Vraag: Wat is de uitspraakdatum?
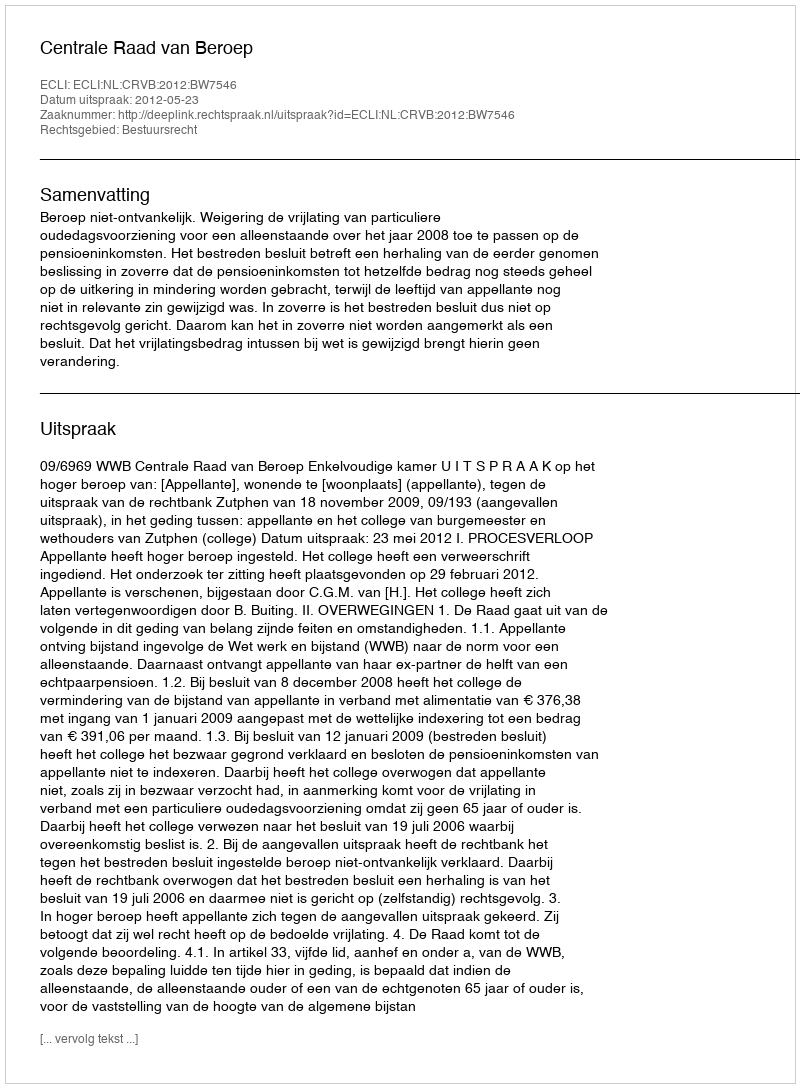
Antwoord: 2012-05-23